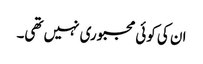
ان کی کوئی مجبوری نہیں تھی۔